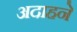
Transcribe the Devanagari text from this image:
अदाहने